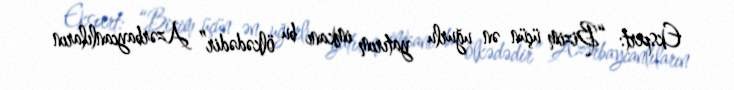
Ekspert: “Bizim üçün ən uğurlu yatırım imkanı bu ölkədədir” Azərbaycanlıların